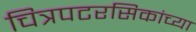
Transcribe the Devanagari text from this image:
चित्रपटरसिकांच्या